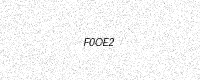
Text: F0OE2